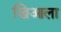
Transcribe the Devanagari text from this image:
खिआला